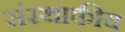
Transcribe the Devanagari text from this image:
संस्थाकीय